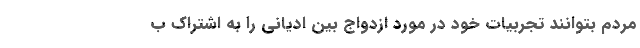
مردم بتوانند تجربیات خود در مورد ازدواج بین ادیانی را به اشتراک ب